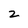
Character: z